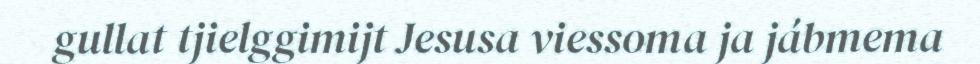
gullat tjielggimijt Jesusa viessoma ja jábmema